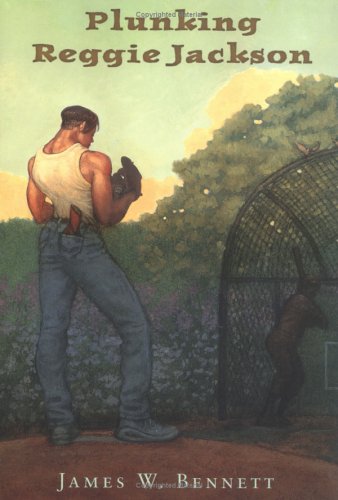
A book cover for Plunking Reggie Jackson; James W. Bennett; Teen & Young Adult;